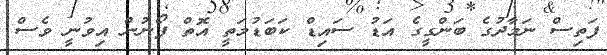
ފަތިސް ނަމާދުގެ ބަންގީގެ އަޑު ސައިޑް ކަބަޑުމަތީ އޮތް ފޯނުން އިވުނީ ވެސް